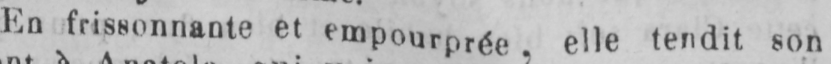
En frissonnante et empourprée, elle tendit son